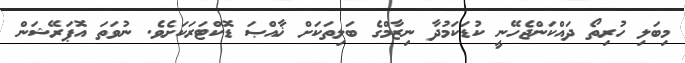
މިބަލި ހުރިތޯ ދައްކަންޖެހޭނީ ކުޑަކަމުދާ ނިޒާމްގެ ބަލިތަކަށް ޚާއްޞަ ޑޮކްޓަރަކަށެވެ. ނުވަތަ އޮޕަރޭޝަން